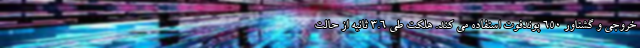
خروجی و گشتاور 650 پوندفوت استفاده می کند. هلکت طی 3.6 ثانیه از حالت